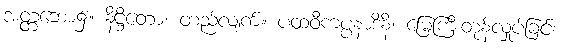
အတ္တဘော၌။ နိဋ္ဌိတော၊ တည်လျက်။ ပထဝီကပ္ပနာဒိနိ၊ မြေကြီးတုန်လှုပ်ခြင်း